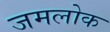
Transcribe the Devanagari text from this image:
जमलोक